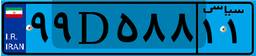
۰۱D۴۴۲۱۴